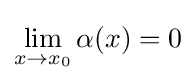
\lim _{x\to x_{0}}\alpha (x)=0